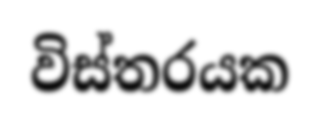
විස්තරයක